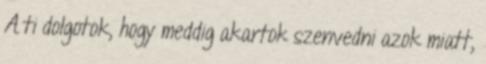
A ti dolgotok, hogy meddig akartok szenvedni azok miatt,